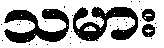
သမား